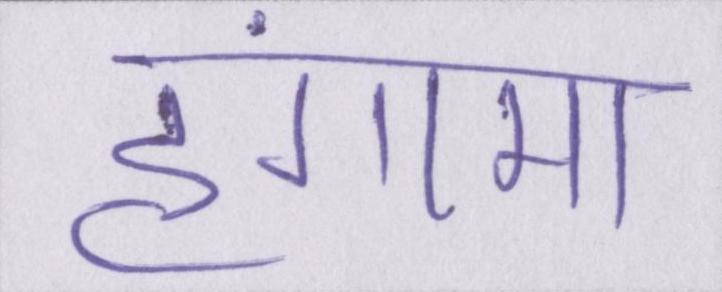
हंगामा